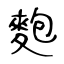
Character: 麭